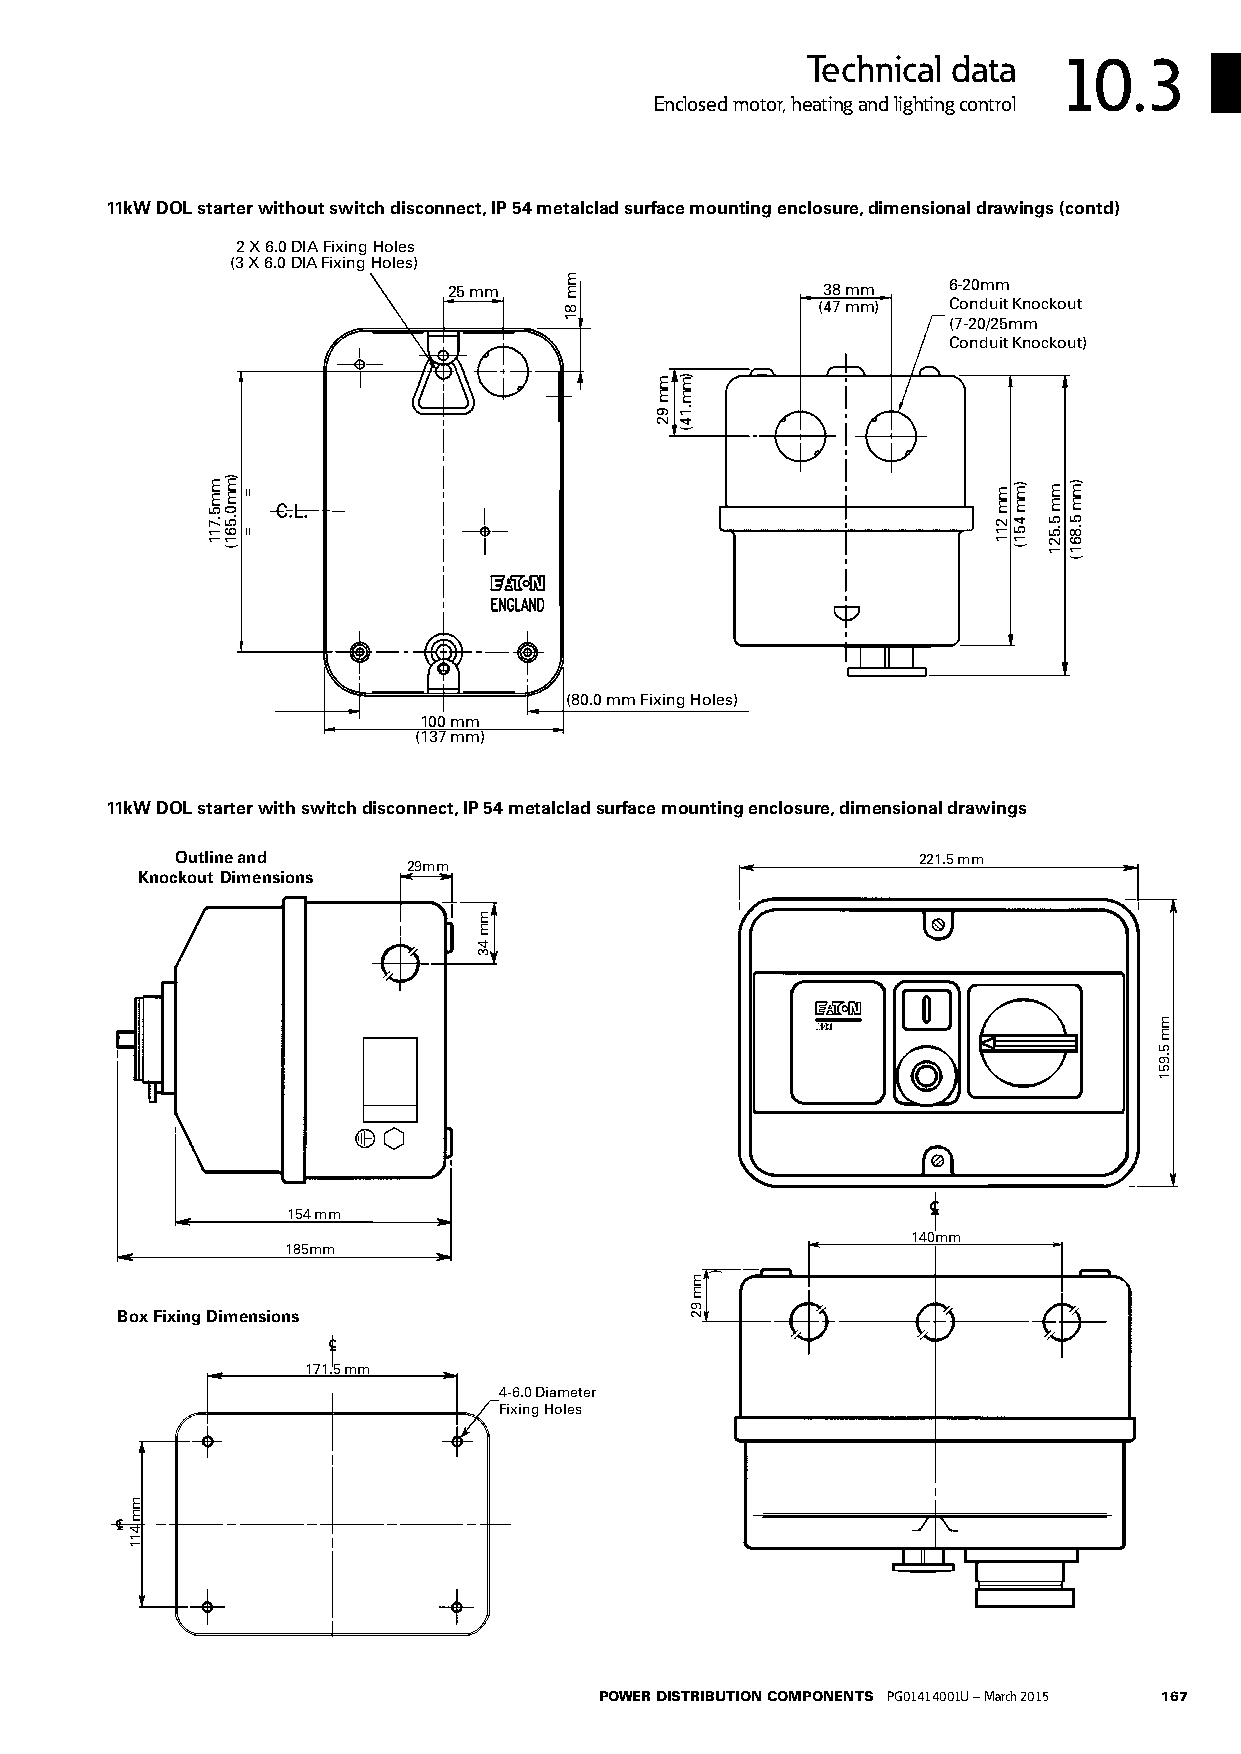
Technical data   10.3
 Enclosed motor, heating and lighting control
 11kW DOL starter without switch disconnect, IP 54 metalclad surface mounting enclosure, dimensional drawings (contd)
 2 X 6.0 DIA Fixing Holes
 (3 X 6.0 DIA Fixing Holes)
 25 mm                   38 mm    6-20mm
 (47 mm)  Conduit Knockout
 (7-20/25mm
 Conduit Knockout)
 (80.0 mm Fixing Holes)
 100 mm
 (137 mm)
 Dimensions in brackets refer to
 types 2528ADS(2X) & 3228ADS(3X)
 11kW DOL starter with switch disconnect, IP 54 metalclad surface mounting esniczleods eunrecl,o dsiumreesnsional drawings
 Outline and                                      221.5 mm
 29mm
 Knockout Dimensions
 154 mm
 140mm
 185mm
 Box Fixing Dimensions
 171.5 mm
 4-6.0 Diameter
 Fixing Holes
 POWER DISTRIBUTION COMPONENTS PG01414001U – March 2015 167
 mm
 411
 mm5.711 )mm0.561( =
 =
 mm
 43
 mm
 81
 mm
 92
 )mm.14(
 mm
 92
 )
 mm
 211
 )mm
 451(
 mm
 5.521
 )mm
 5.861(
 mm
 5.951